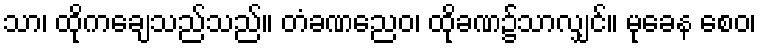
သာ၊ ထိုကချေသည်သည်။ တံခဏညေဝ၊ ထိုခဏ၌သာလျှင်။ မုခေန စေဝ၊